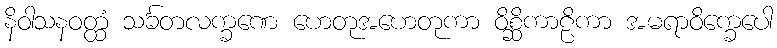
နိဝါသနဝတ္ထံ သင်္ခတလက္ခဏေ ဟေတုအဟေတုကာ ဝိစ္ဆိကာဠိကာ အမရာဝိက္ခေပေါ